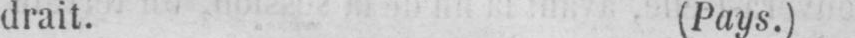
drait. (Pays.)